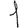
Digit: 1